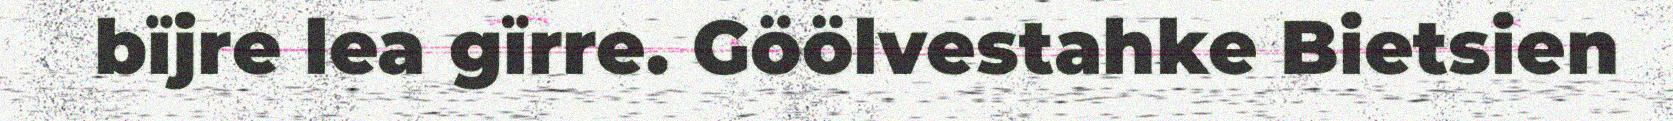
bïjre lea gïrre. Göölvestahke Bietsien